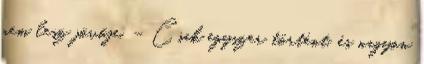
nem lesz jövője. – Csak egyszer történt, és nagyon